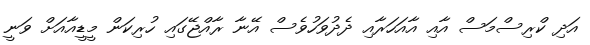
އަދި ކްރިސްމަސް އާއި އާއަހަރާއި ދެދުވަހުވެސް އޭނާ ރާއްޖޭގައި ހުރިކަން މީޑީއާއަށް ވަނީ